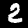
Digit: 2